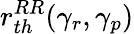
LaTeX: r_{th}^{RR}(\gamma_{r},\gamma_{p})